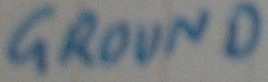
Text: GROUND